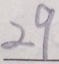
2 9